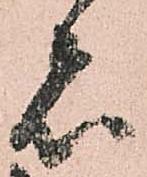
者